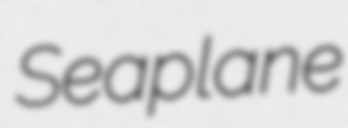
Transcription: Seaplane